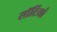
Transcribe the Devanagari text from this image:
साॅर्टियां